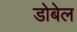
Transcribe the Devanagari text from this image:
डोबेल